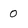
Character: 0